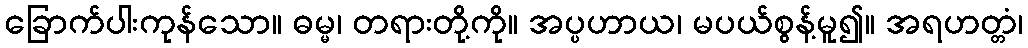
ခြောက်ပါးကုန်သော။ ဓမ္မ၊ တရားတို့ကို။ အပ္ပဟာယ၊ မပယ်စွန့်မူ၍။ အရဟတ္တံ၊